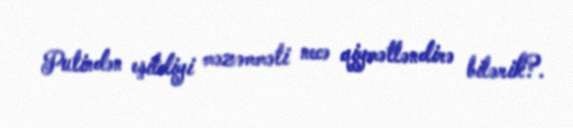
Putindən eşitdiyi məzəmməti necə qiymətləndirə bilərik?.